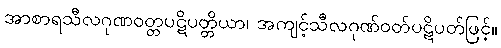
အာစာရသီလဂုဏဝတ္တပဋိပတ္တိယာ၊ အကျင့်သီလဂုဏ်ဝတ်ပဋိပတ်ဖြင့်။